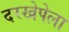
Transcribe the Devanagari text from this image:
दरखेपेला